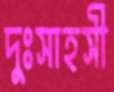
দুঃসাহসী